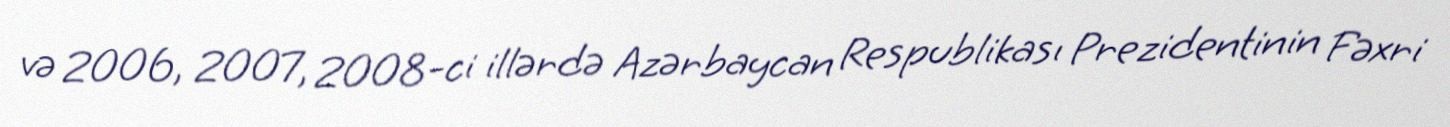
və 2006, 2007, 2008-ci illərdə Azərbaycan Respublikası Prezidentinin Fəxri